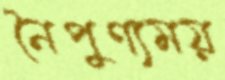
নৈপুণ্যময়